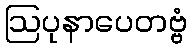
ဩပုနာပေတဗ္ဗံ